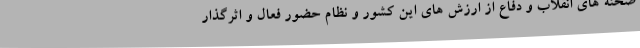
صحنه های انقلاب و دفاع از ارزش های این کشور و نظام حضور فعال و اثرگذار